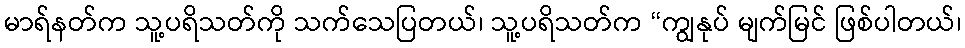
မာရ်နတ်က သူ့ပရိသတ်ကို သက်သေပြတယ်၊ သူ့ပရိသတ်က “ကျွနုပ် မျက်မြင် ဖြစ်ပါတယ်၊